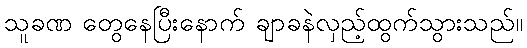
သူခဏ တွေနေပြီးနောက် ချာခနဲလှည့်ထွက်သွားသည်။